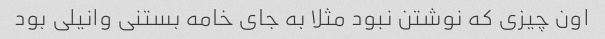
اون چیزی که نوشتن نبود مثلا به جای خامه بستنی وانیلی بود